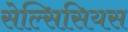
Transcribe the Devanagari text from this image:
सेल्सिसियस